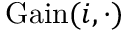
{ \mathrm { G a i n } } ( i , \cdot )